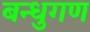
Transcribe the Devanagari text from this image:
बन्धुगण